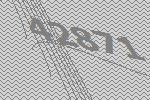
42871